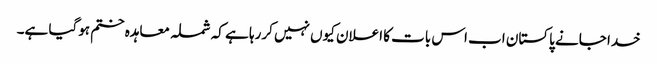
خدا جانے پاکستان اب اس بات کا اعلان کیوں نہیں کررہا ہے کہ شملہ معاہدہ ختم ہوگیا ہے۔